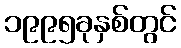
၁၉၉၅ခုနှစ်တွင်